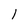
Character: l